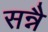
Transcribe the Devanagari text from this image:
सन्नै